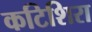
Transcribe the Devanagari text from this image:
कटिशिरा